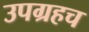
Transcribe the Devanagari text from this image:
उपग्रहच